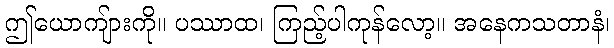
ဤယောကျ်ားကို။ ပဿာထ၊ ကြည့်ပါကုန်လော့။ အနေကသတာနံ၊